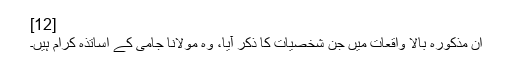
[12]
اِن مذکورہ بالا واقعات میں جن شخصیات کا ذکر آیا، وہ مولانا جامی کے اُساتذہ کرام ہیں۔